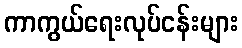
ကာကွယ်ရေးလုပ်ငန်းများ